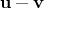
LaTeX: \mathbf { u } - \mathbf { v }